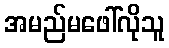
အမည်မဖေါ်လိုသူ